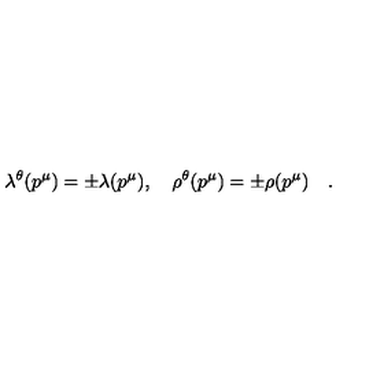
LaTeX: \lambda ^ { \theta } ( p ^ { \mu } ) = \pm \lambda ( p ^ { \mu } ) , \quad \rho ^ { \theta } ( p ^ { \mu } ) = \pm \rho ( p ^ { \mu } ) \quad .